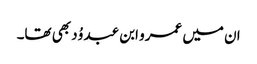
ان میں عمرو ابن عبد وُد بھی تھا۔